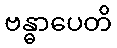
ဗန္ဓာပေတိ